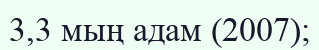
3,3 мың адам (2007);